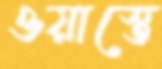
ওয়াস্তে